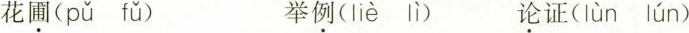
花圃( pǔ fǔ ) 举例( liè lì ) 论证( lùn lún )